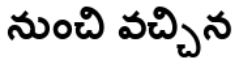
నుంచి వచ్చిన